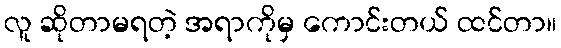
လူ ဆိုတာမရတဲ့ အရာကိုမှ ကောင်းတယ် ထင်တာ။